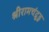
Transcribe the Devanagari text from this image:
श्रीरामचंद्रुडु